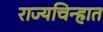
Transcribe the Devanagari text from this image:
राज्यचिन्हात